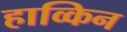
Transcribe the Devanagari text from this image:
हाव्किन